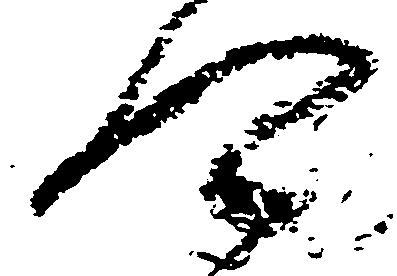
可